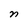
Character: n